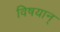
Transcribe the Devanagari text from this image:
विषयान्